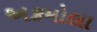
અકમોલા